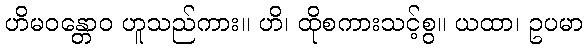
ဟိမဝန္တောဝ ဟူသည်ကား။ ဟိ၊ ထိုစကားသင့်စွ။ ယထာ၊ ဥပမာ